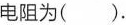
电阻为().